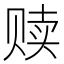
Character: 赎